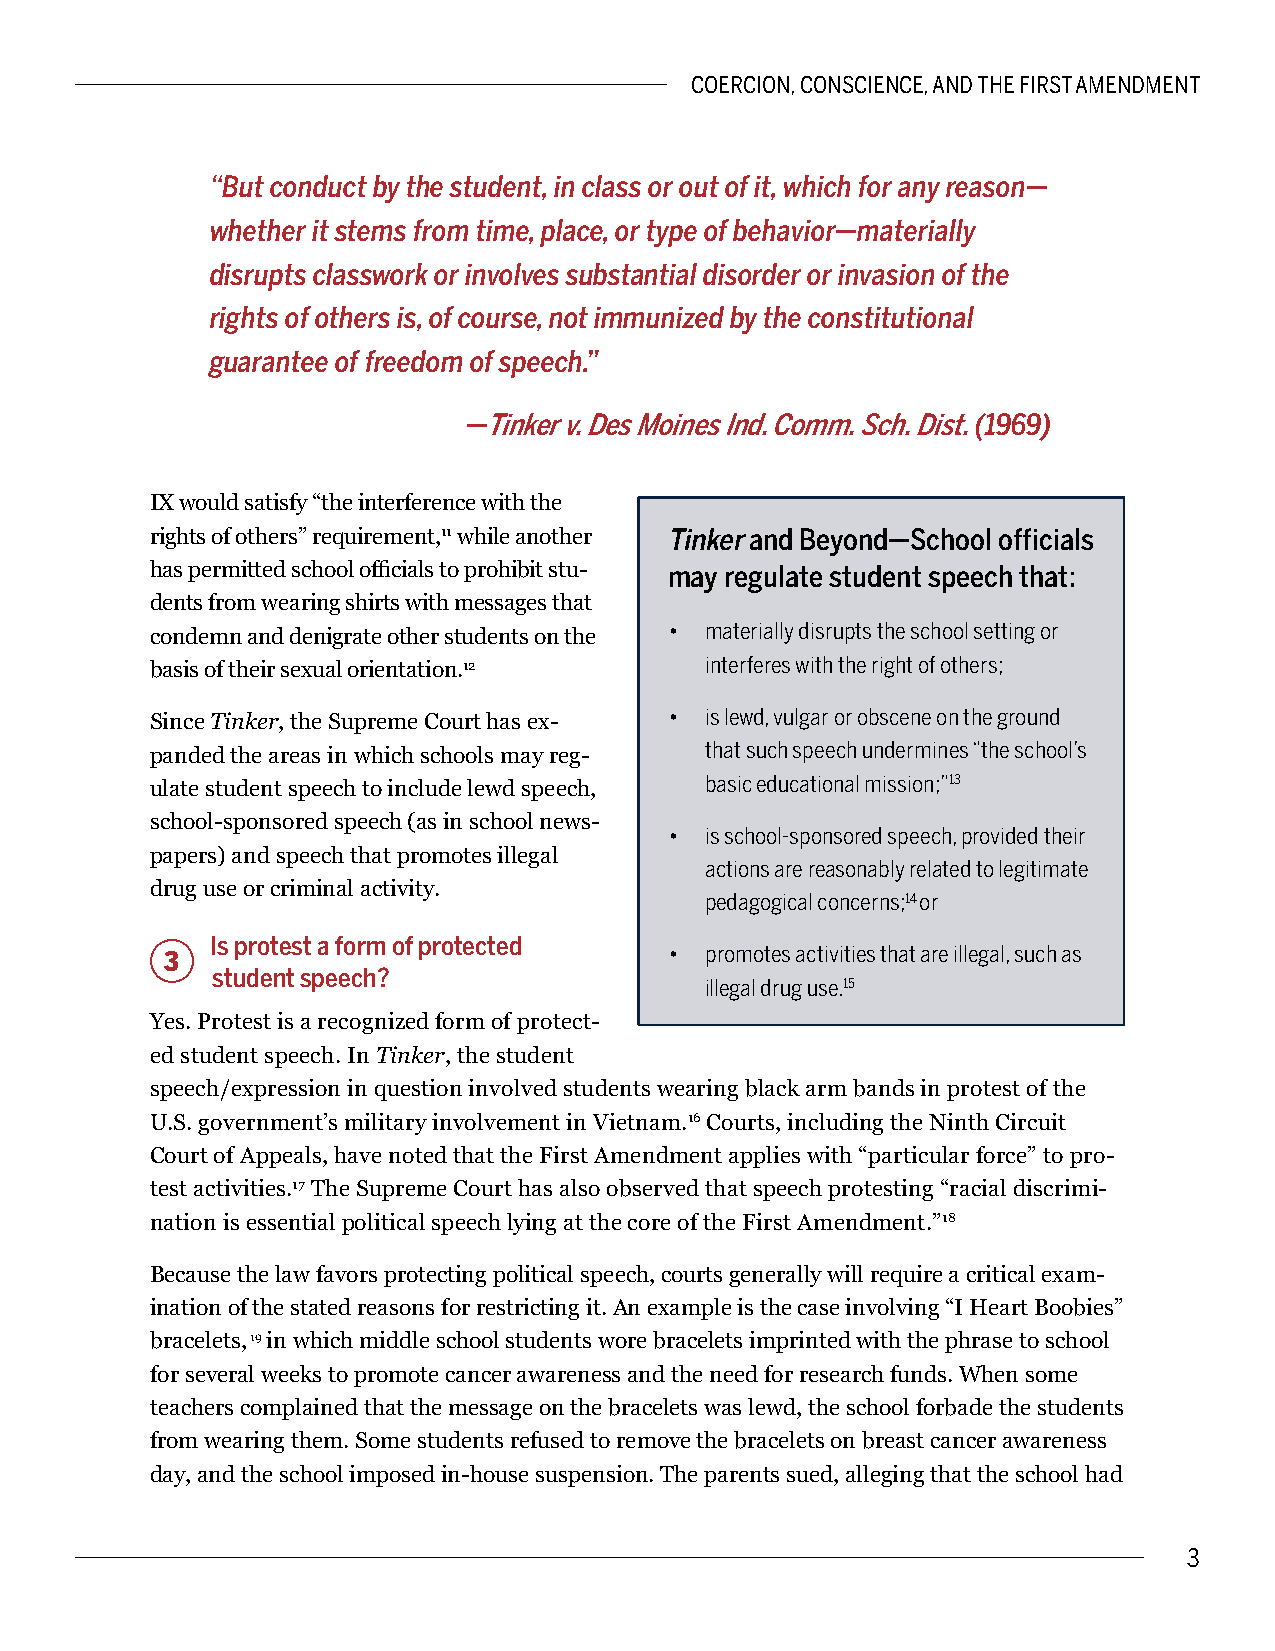
COERCION, CONSCIENCE, AND THE FIRST AMENDMENT
 “But conduct by the student, in class or out of it, which for any reason—
 whether it stems from time, place, or type of behavior —materially
 disrupts classwork or involves substantial disorder or invasion of the
 rights of others is, of course, not immunized by the constitutional
 guarantee of freedom of speech.”
 —Tinker v. Des Moines Ind. Comm. Sch. Dist. (1969)
 IX would satisfy “the interference with the
 rights of others” requirement,11 while another Tinker and Beyond—School officials
 has permitted school officials to prohibit stu- may regulate student speech that:
 dents from wearing shirts with messages that
 •  materially disrupts the school setting or
 condemn and denigrate other students on the
 basis of their sexual orientation.12 interferes with the right of others;
 •  is lewd, vulgar or obscene on the ground
 Since Tinker, the Supreme Court has ex-
 that such speech undermines “the school’s
 panded the areas in which schools may reg-
 basic educational mission;”13
 ulate student speech to include lewd speech,
 school-sponsored speech (as in school news-
 •  is school-sponsored speech, provided their
 papers) and speech that promotes illegal
 actions are reasonably related to legitimate
 drug use or criminal activity.
 pedagogical concerns;14 or
 Is protest a form of protected
 •  promotes activities that are illegal, such as
 3
 student speech?
 illegal drug use.15
 Yes. Protest is a recognized form of protect-
 ed student speech. In Tinker, the student
 speech/expression in question involved students wearing black arm bands in protest of the
 U.S. government’s military involvement in Vietnam.16 Courts, including the Ninth Circuit
 Court of Appeals, have noted that the First Amendment applies with “particular force” to pro-
 test activities.17 The Supreme Court has also observed that speech protesting “racial discrimi-
 nation is essential political speech lying at the core of the First Amendment.”18
 Because the law favors protecting political speech, courts generally will require a critical exam-
 ination of the stated reasons for restricting it. An example is the case involving “I Heart Boobies”
 bracelets, 19 in which middle school students wore bracelets imprinted with the phrase to school
 for several weeks to promote cancer awareness and the need for research funds. When some
 teachers complained that the message on the bracelets was lewd, the school forbade the students
 from wearing them. Some students refused to remove the bracelets on breast cancer awareness
 day, and the school imposed in-house suspension. The parents sued, alleging that the school had
 3